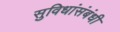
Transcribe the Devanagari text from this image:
सुविधांसंबंधी